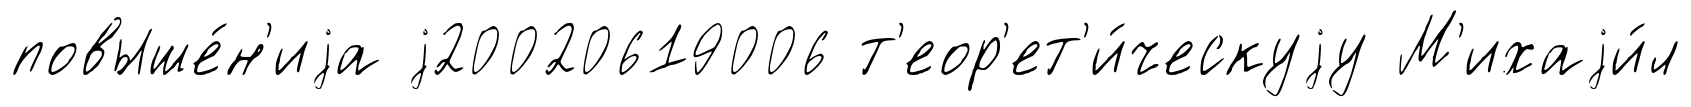
повыше́н'иjа j20020619006 т'еор'ет'и́ческуjу М'ихаjи́л